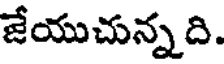
జేయుచున్నది.